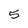
Character: 5